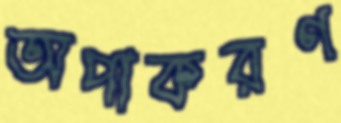
অপাকরণ